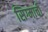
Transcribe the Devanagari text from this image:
सिग्माची